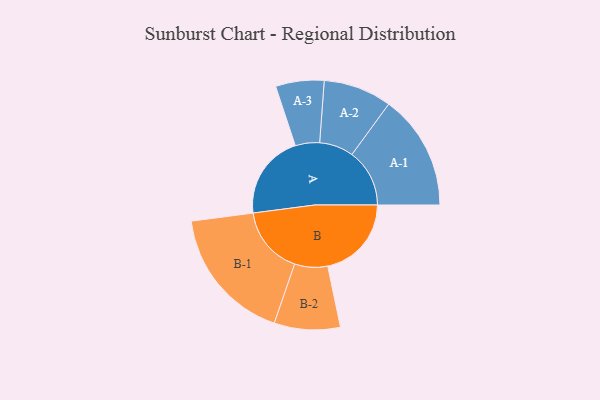
{"axis": {"x": "Segment", "y": "Value"}, "legend": ["", "A", "B"], "data": [{"x": "A", "y": 367, "type": ""}, {"x": "B", "y": 363, "type": ""}, {"x": "A-1", "y": 250, "type": "A"}, {"x": "A-2", "y": 148, "type": "A"}, {"x": "A-3", "y": 105, "type": "A"}, {"x": "B-1", "y": 295, "type": "B"}, {"x": "B-2", "y": 143, "type": "B"}]}